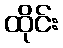
ထိုင်း